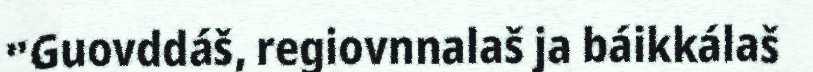
"Guovddáš, regiovnnalaš ja báikkálaš